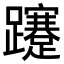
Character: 𨇥